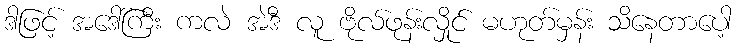
ဒါဖြင့် အဒေါ်ကြီး ကလဲ အဲဒီ လူ ဗိုလ်ဖုန်းလှိုင် မဟုတ်မှန်း သိနေတာပေါ့